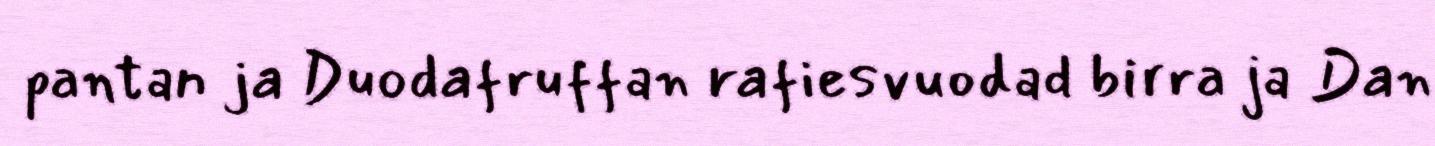
pantan ja Duodafruffan rafiesvuodad birra ja Dan